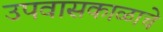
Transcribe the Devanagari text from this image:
उपवासकाळाचे